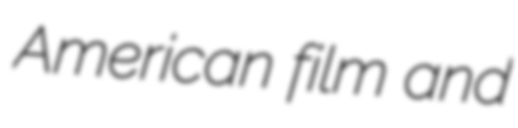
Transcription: American film and